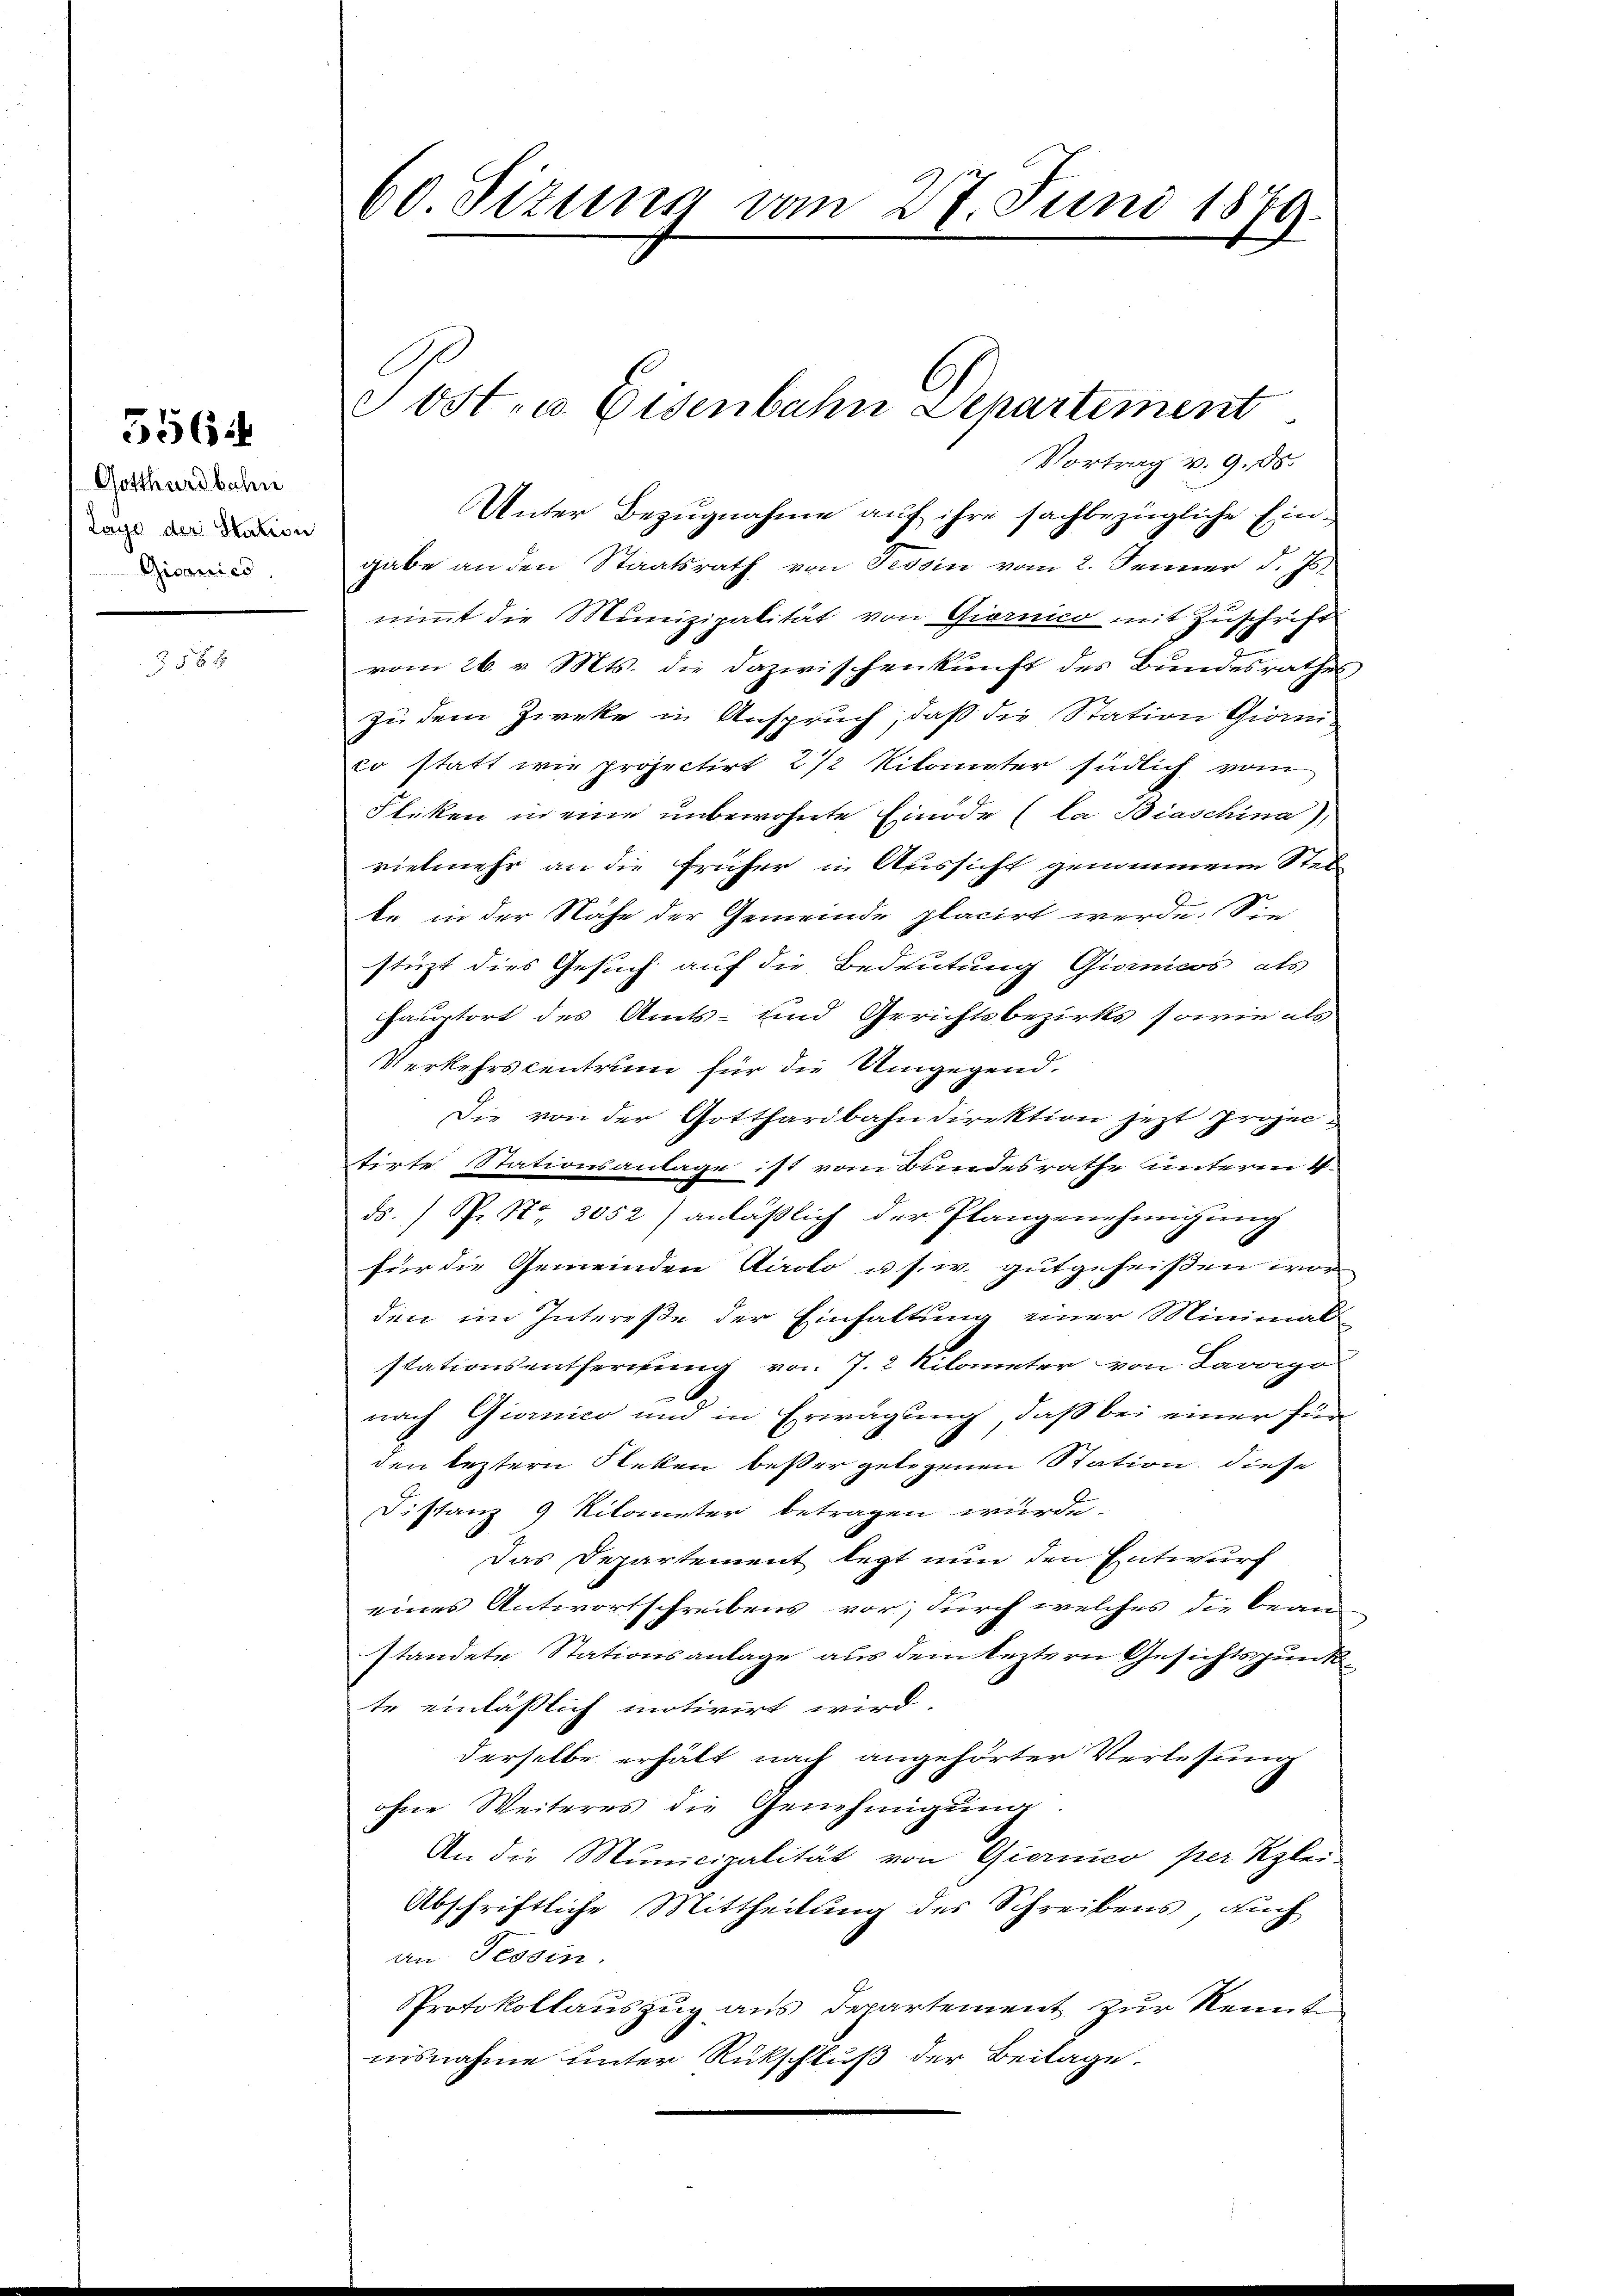
5564

Gotthardbahn
Lays der Station
Gicanics

§ 5

gabe an den Staatsrath von Tessin vom 2. Jenner d. Js.
nimmt die Munizipalität von Giornico mit Zuschrift
vom 26. v. Mts. die Dazwischenkunft des Bundesrathes
Zu dem Zieke in Anspruch, daß die Station Giorni-
co statt wie projectirt 2 1/2 Kilometer südlich vom
Fleken in eine unbewohnte Einöde (la Biaschina),
vielmehr an die früher in Aussicht genommene Stell
te in der Nähe der Gemeinde placirt werde. Sie
stüzt dies Gesuch auf die Bedeutung Giornicos als
hauptort des Amts- und Gerichtsbezirks sowie als
Verkehrscentrum für die Umgegend,
Die von der Gotthardbahndirektion jetzt projectirte Stationsanlage ist vom Bundesrathe unterm 4.
ds.) P. Nr. 3052) anläßlich der Plangenehmigung
für die Gemeinden Airolo u. s. w. gutgeheißen wor
den im Intereße der Einhaltung einer Minimal-
stationsentfernung von J. 2 Kilometer von Laropo
.
n
nach Giomico und in Erwägung, daß bei einer für
den leztern Fleken besser gelegenen Station, diese
Distanz 9 Kilometer betragen wurde.
Das Departement legt nun den Entwurf
eines Antwortschreibens vor, durch welches die Bean
standete Stationsanlage aus dem leztern Gesichtspunkte einlässlich motivirt wird.
derselbe erhält nach angehörter Verlesung
ohne Weiteres die Genehmigŭng.
An die Municipalität von Giernico per Klei-
Abschriftliche Mittheilung des Schreibens, auch
an Tessin.
Protokollauszug aus Departement zur Kenntnisnahme unter Rückschluß der Beilage.

60 Sizung vom 27. Juni 1879.

Vortrag v. 9. 15.
Unter Bezugnahme auf ihre sachbezügliche Ein¬

Jost- u. Eisenbahn Departement